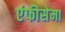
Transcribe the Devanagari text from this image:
एंफीसेमा